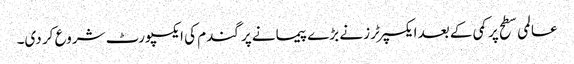
عالمی سطح پر کمی کے بعد ایکسپرٹرز نے بڑے پیمانے پر گندم کی ایکسپورٹ شروع کر دی۔